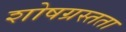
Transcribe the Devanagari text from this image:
शोषग्रस्तता